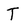
Character: T